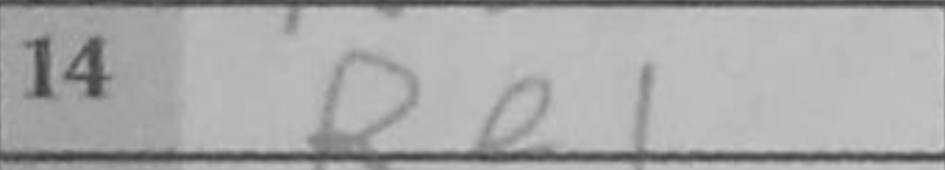
Transcription: Re1